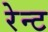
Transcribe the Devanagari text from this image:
रेन्ट